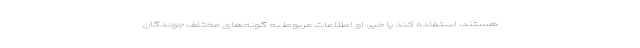
هستند، استفاده کند یا خیر. او اطلاعات مربوط به گونه‌های مختلف جوندگان